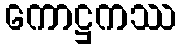
ကောဋ္ဌကဿ